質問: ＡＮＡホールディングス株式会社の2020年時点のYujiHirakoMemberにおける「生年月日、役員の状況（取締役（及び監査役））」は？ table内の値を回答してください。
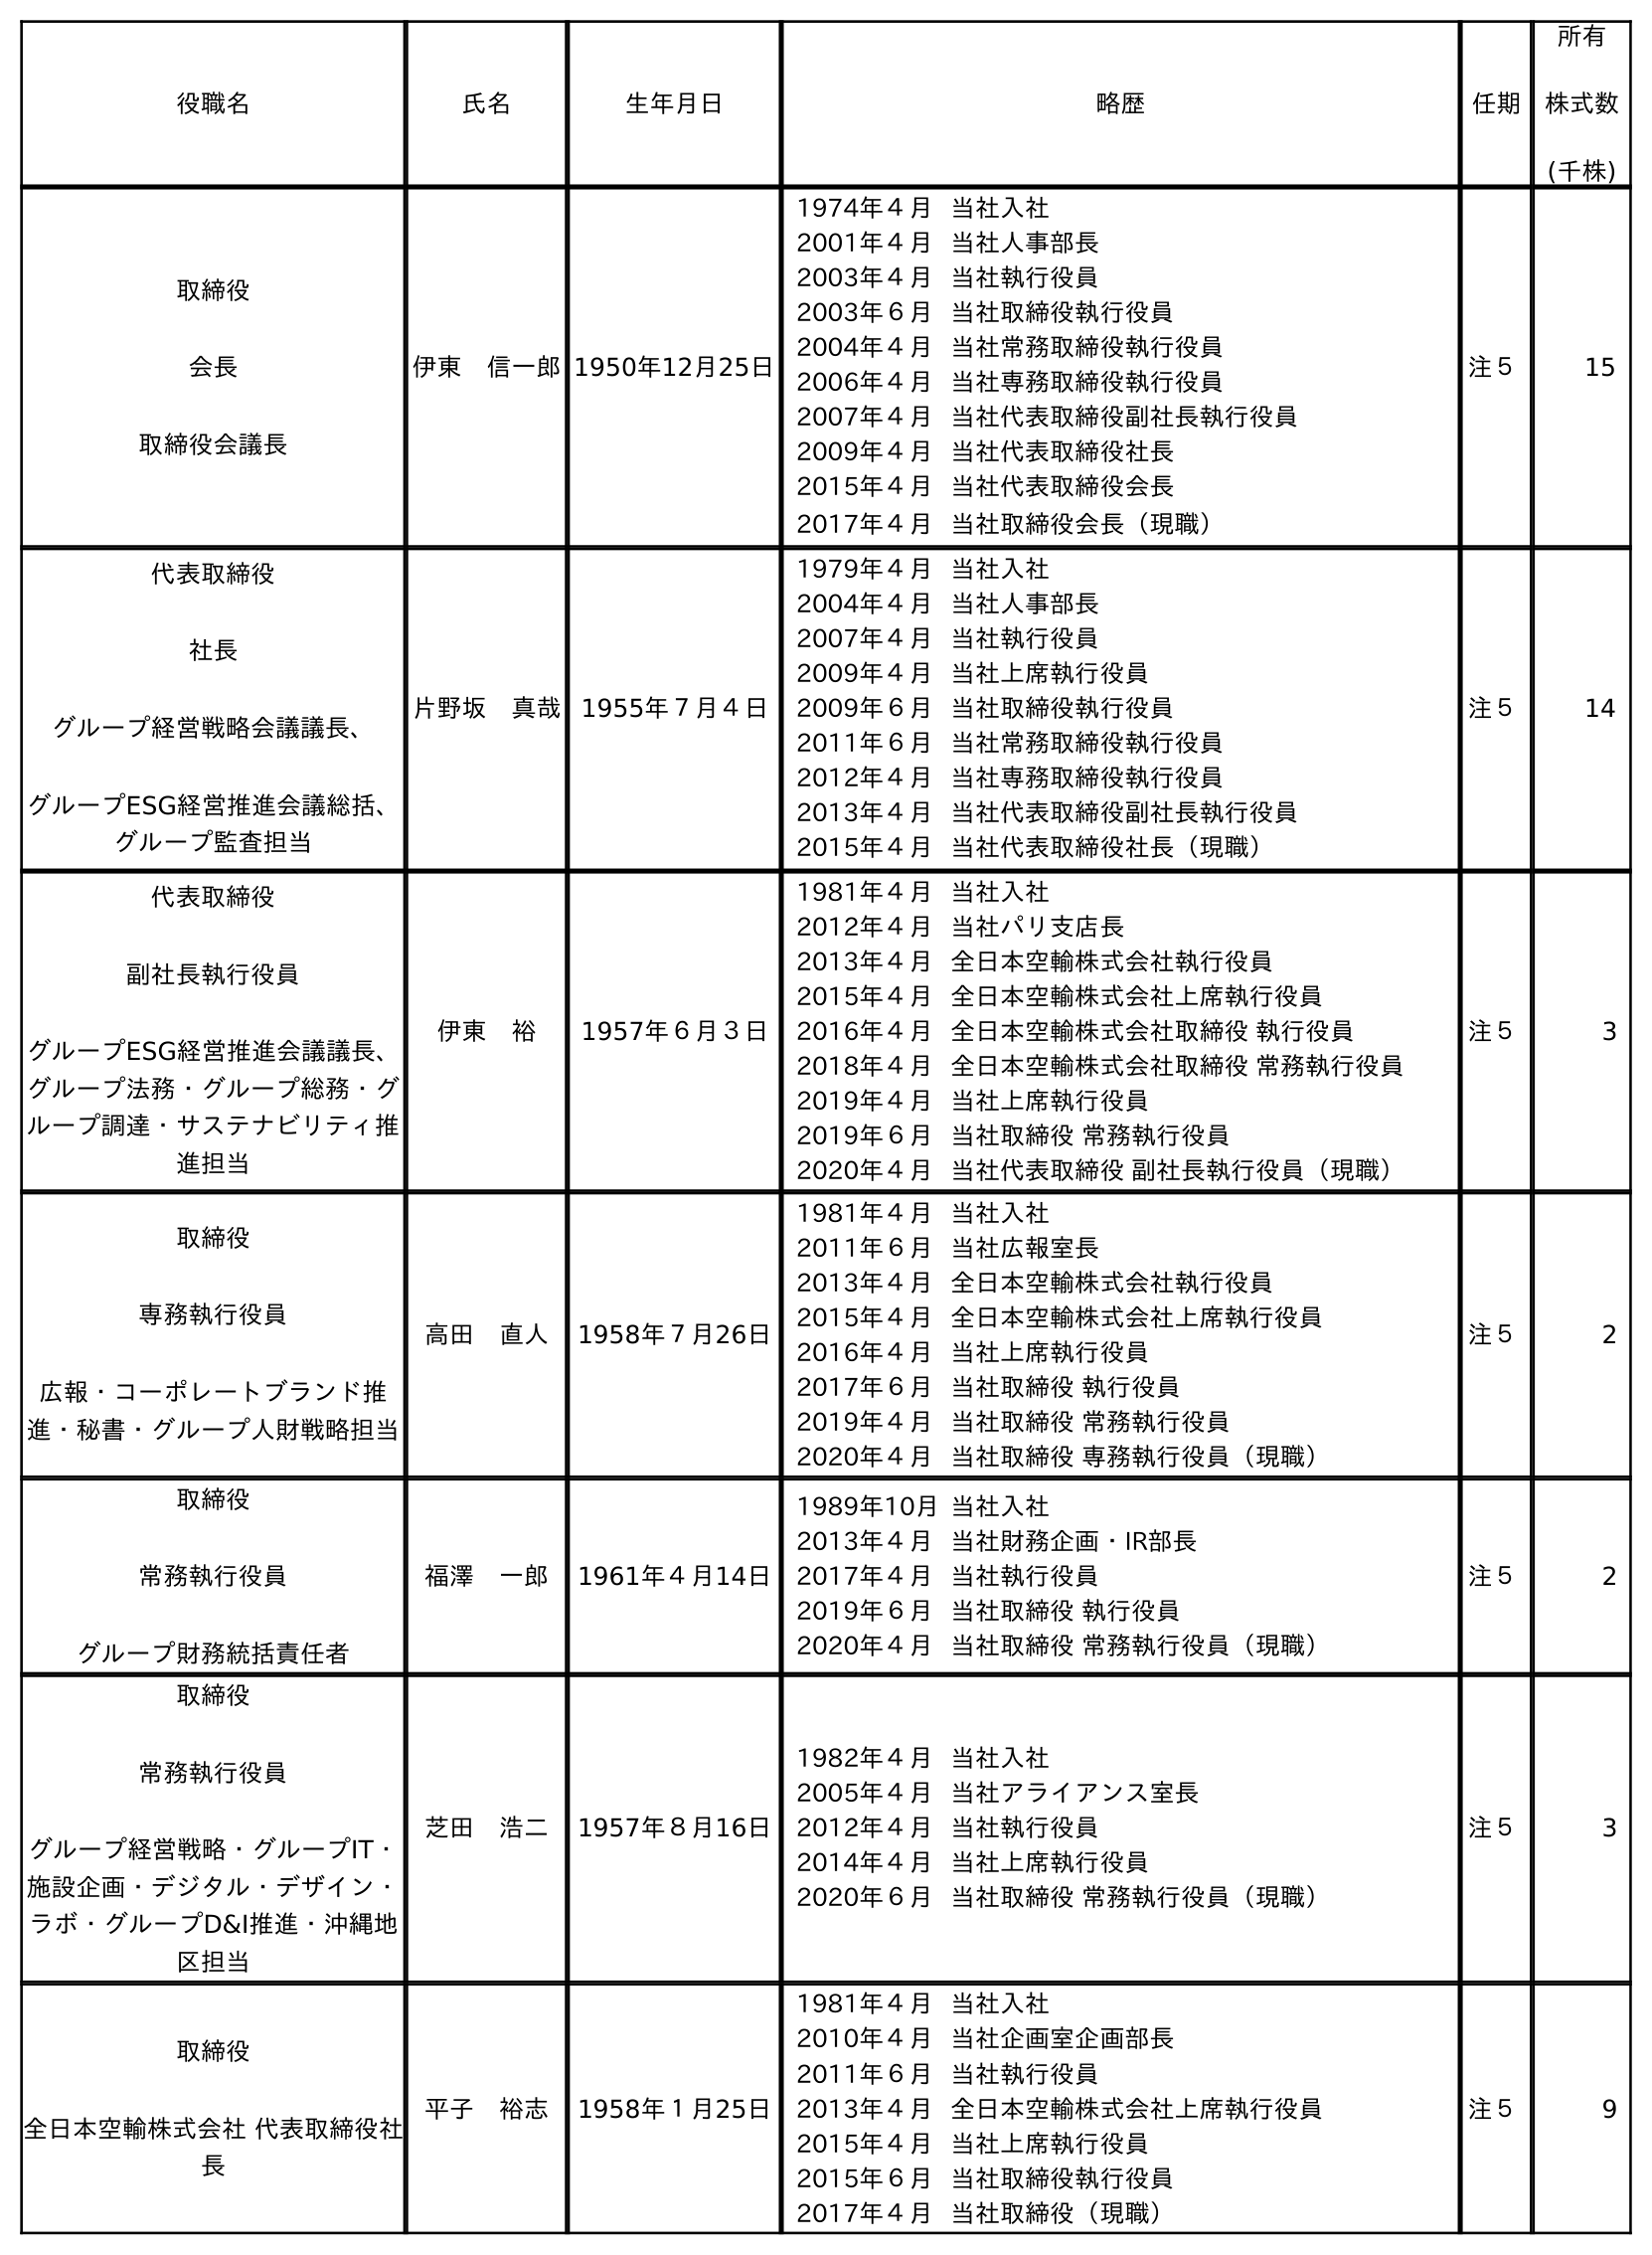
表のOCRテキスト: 役職名 氏名 生年月日 略歴 任期 所有 株式数 (千株) 取締役 会長 取締役会議長 伊東 信一郎1950年12月25日 1974年４月当社入社 2001年４月当社人事部長 2003年４月当社執行役員 2003年６月当社取締役執行役員 2004年４月当社常務取締役執行役員 2006年４月当社専務取締役執行役員 2007年４月当社代表取締役副社長執行役員 2009年４月当社代表取締役社長 2015年４月当社代表取締役会長 2017年４月当社取締役会長（現職） 注５ 15 代表取締役 社長 グループ経営戦略会議議長、 グループESG経営推進会議総括、 グループ監査担当 片野坂 真哉 1955年７月４日 1979年４月当社入社 2004年４月当社人事部長 2007年４月当社執行役員 2009年４月当社上席執行役員 2009年６月当社取締役執行役員 2011年６月当社常務取締役執行役員 2012年４月当社専務取締役執行役員 2013年４月当社代表取締役副社長執行役員 2015年４月当社代表取締役社長（現職） 注５ 14 代表取締役 副社長執行役員 グループESG経営推進会議議長、 グループ法務・グループ総務・グ ループ調達・サステナビリティ推 進担当 伊東 裕 1957年６月３日 1981年４月当社入社 2012年４月当社パリ支店長 2013年４月全日本空輸株式会社執行役員 2015年４月全日本空輸株式会社上席執行役員 2016年４月全日本空輸株式会社取締役 執行役員 2018年４月全日本空輸株式会社取締役 常務執行役員 2019年４月当社上席執行役員 2019年６月当社取締役 常務執行役員 2020年４月当社代表取締役 副社長執行役員（現職） 注５ 3 取締役 専務執行役員 広報・コーポレートブランド推 進・秘書・グループ人財戦略担当 高田 直人 1958年７月26日 1981年４月当社入社 2011年６月当社広報室長 2013年４月全日本空輸株式会社執行役員 2015年４月全日本空輸株式会社上席執行役員 2016年４月当社上席執行役員 2017年６月当社取締役 執行役員 2019年４月当社取締役 常務執行役員 2020年４月当社取締役 専務執行役員（現職） 注５ 2 取締役 常務執行役員 グループ財務統括責任者 福澤 一郎 1961年４月14日 1989年10月当社入社 2013年４月当社財務企画・IR部長 2017年４月当社執行役員 2019年６月当社取締役 執行役員 2020年４月当社取締役 常務執行役員（現職） 注５ 2 取締役 常務執行役員 グループ経営戦略・グループIT・ 施設企画・デジタル・デザイン・ ラボ・グループD&I推進・沖縄地 区担当 芝田 浩二 1957年８月16日 1982年４月当社入社 2005年４月当社アライアンス室長 2012年４月当社執行役員 2014年４月当社上席執行役員 2020年６月当社取締役 常務執行役員（現職） 注５ 3 取締役 全日本空輸株式会社 代表取締役社 長 平子 裕志 1958年１月25日 1981年４月当社入社 2010年４月当社企画室企画部長 2011年６月当社執行役員 2013年４月全日本空輸株式会社上席執行役員 2015年４月当社上席執行役員 2015年６月当社取締役執行役員 2017年４月当社取締役（現職） 注５ 9
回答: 1958年１月25日